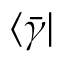
\langle \bar { \gamma } \vert